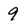
Character: 9